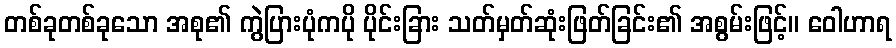
တစ်ခုတစ်ခုသော အစု၏ ကွဲပြားပုံကပို ပိုင်းခြား သတ်မှတ်ဆုံးဖြတ်ခြင်း၏ အစွမ်းဖြင့်။ ဝေါဟာရ